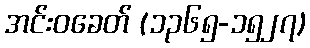
အင်းဝခေတ် (၁၃၆၅-၁၅၂၇)